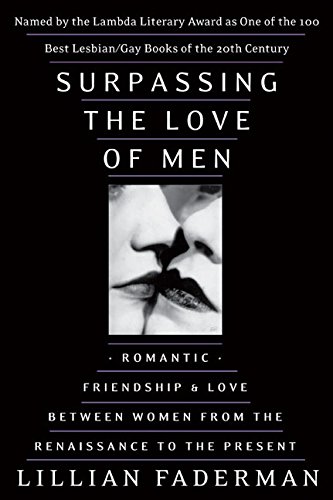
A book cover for Surpassing the Love of Men; Lillian Faderman; Politics & Social Sciences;